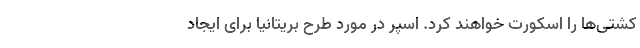
کشتی‌ها را اسکورت خواهند کرد. اسپر در مورد طرح بریتانیا برای ایجاد